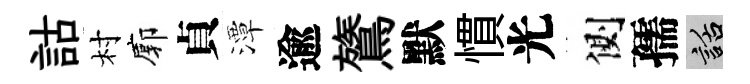
詁村廓貞潭逾鷟默慣光側孺話